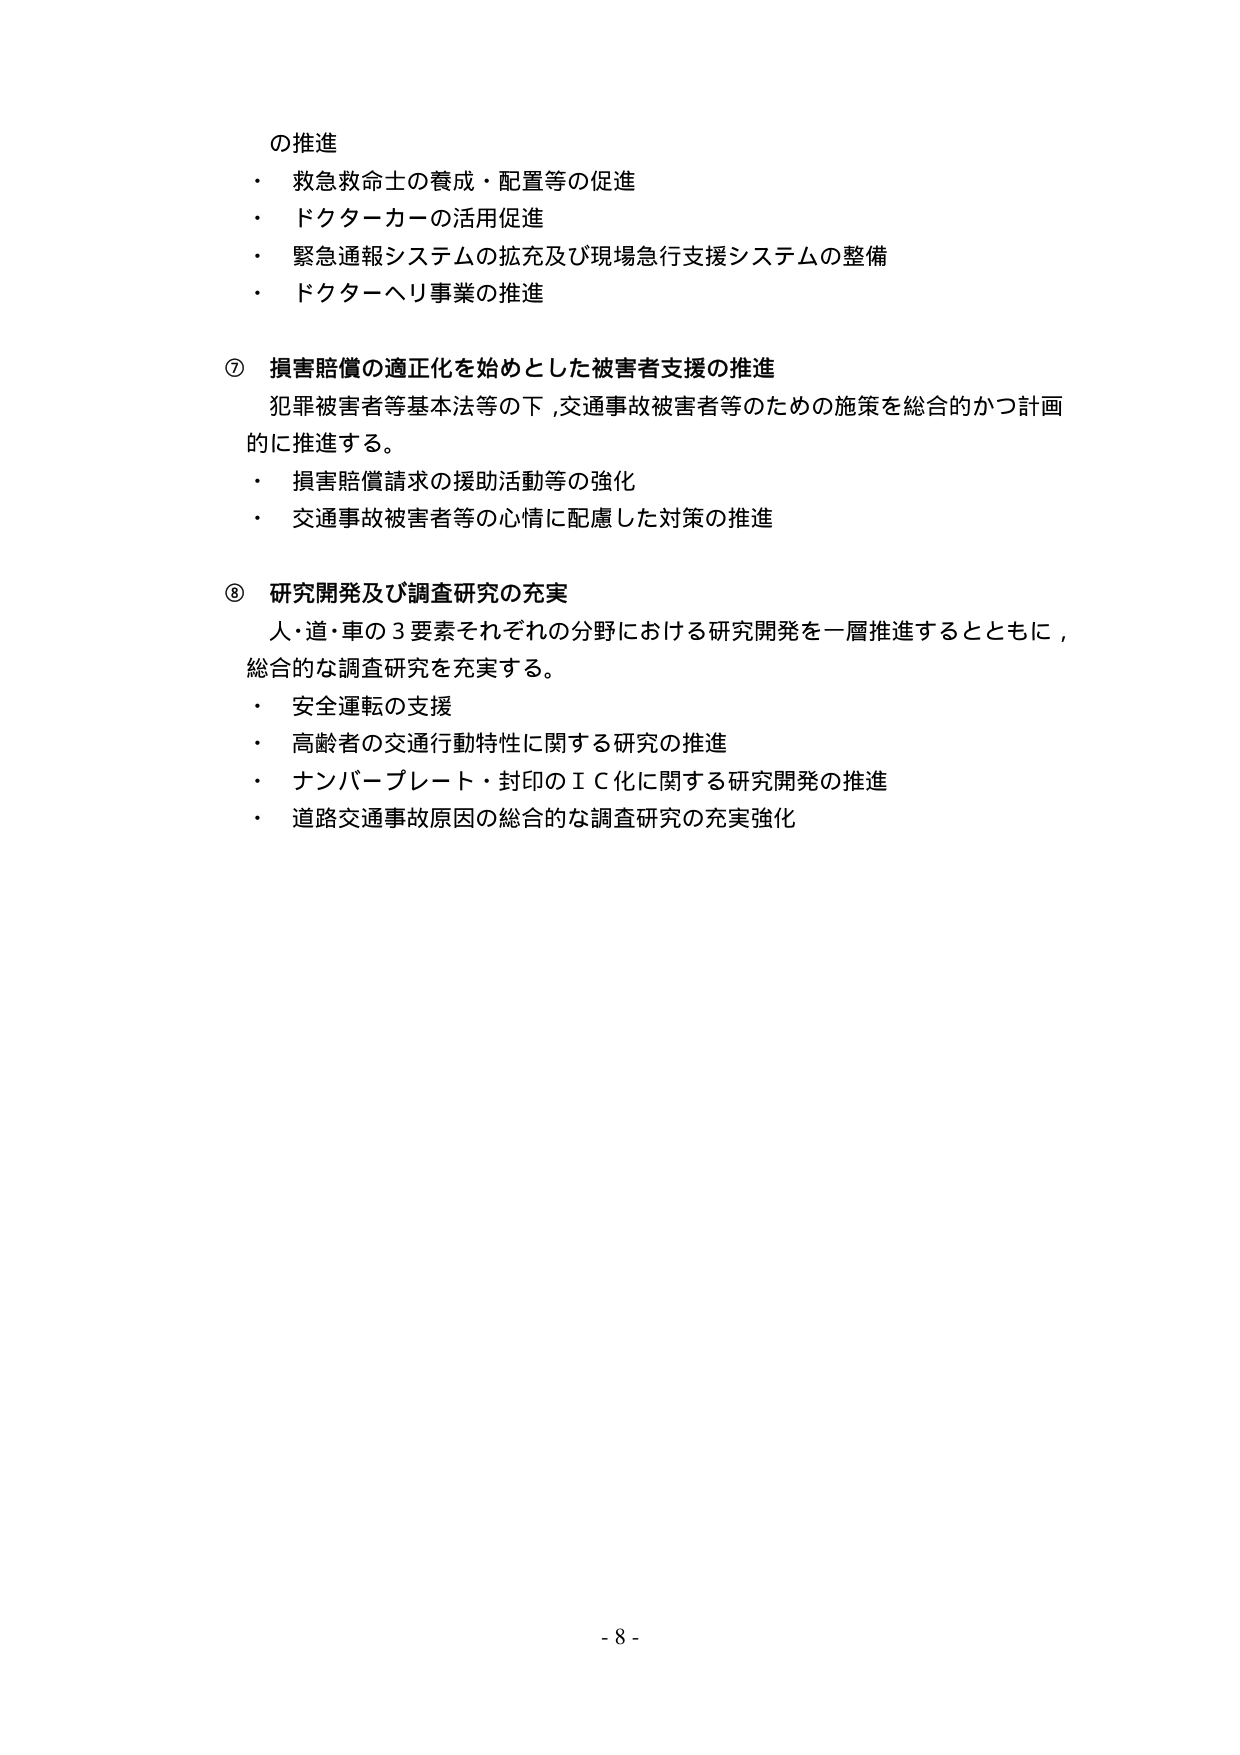
の推進
・ 救急救命士の養成・配置等の促進
・ ドクターカーの活用促進
・ 緊急通報システムの拡充及び現場急行支援システムの整備
・ ドクターヘリ事業の推進

⑦ 損害賠償の適正化を始めとした被害者支援の推進
犯罪被害者等基本法等の下,交通事故被害者等のための施策を総合的かつ計画的に推進する。
・ 損害賠償請求の援助活動等の強化
・ 交通事故被害者等の心情に配慮した対策の推進

⑧ 研究開発及び調査研究の充実
人・道・車の3要素それぞれの分野における研究開発を一層推進するとともに,
総合的な調査研究を充実する。
・ 安全運転の支援
・ 高齢者の交通行動特性に関する研究の推進
・ ナンバープレート・封印のＩＣ化に関する研究開発の推進
・ 道路交通事故原因の総合的な調査研究の充実強化

- 8 -